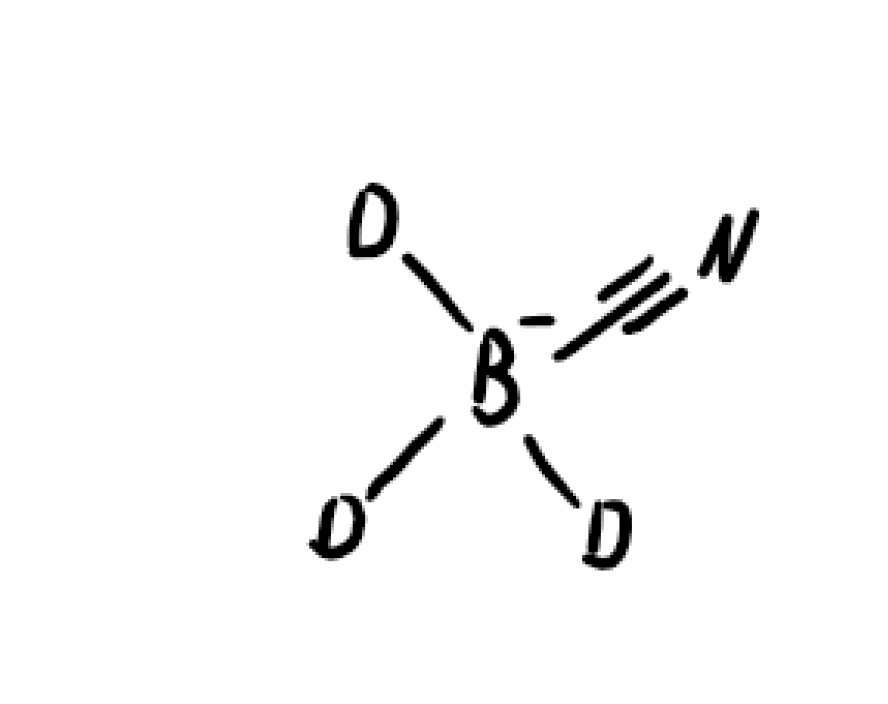
Simplified molecular-input line-entry system (SMILES) notation of the given molecule:
[2H][B-]([2H])([2H])C#N